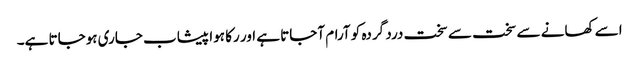
اسے کھانے سے سخت سے سخت درد گردہ کو آرام آجاتا ہے اور رکا ہوا پیشاب جاری ہوجاتا ہے۔